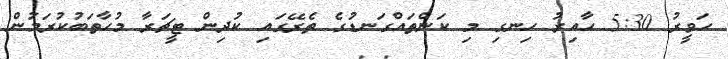
ހަވީރު 5:30 ހާއިރު ހިނގި މި ކަންތައްގަނޑުގެ ތެރޭގައި ކުދިން ޓީޗަރާ މުހާތަބުކުރަމުން